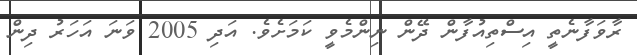
ރާވަފާނެތީ އިސްތިއުފާން ދޭން ނިންމެވީ ކަމަށެވެ. އަދި 2005 ވަނަ އަހަރު ދިން